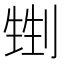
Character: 𠞏